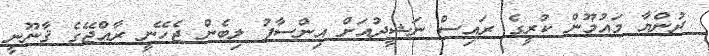
ދުންޔާ މައުމޫން ކުރީގެ ރައިސް ނަޝީދުއަށް އިންސާފު ލިބެން ޖެހޭނީ ރާއްޖޭގެ ޤާނޫނީ